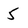
Character: 5